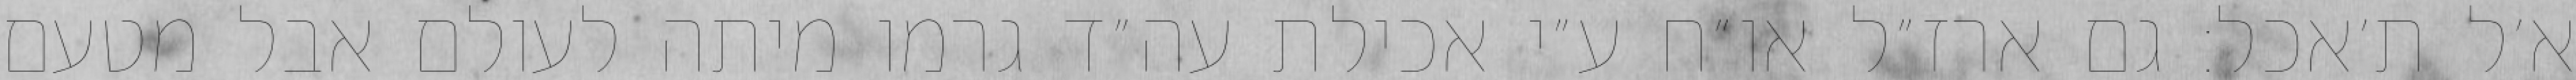
א׳ל ת׳אכל: גם ארז״ל או״ח ע״י אכילת עה״ד גרמו מיתה לעולם אבל מטעם